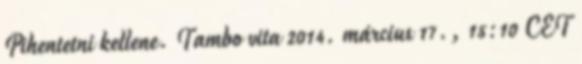
Pihentetni kellene. Tambo vita 2014. március 17., 15:10 CET